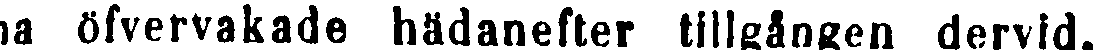
na öfvervakade hädanefter tillgången dervid,